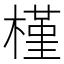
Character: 槿